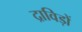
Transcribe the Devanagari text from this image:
द्राविड़ों